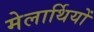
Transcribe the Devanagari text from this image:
मेलार्थियों